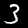
Digit: 3